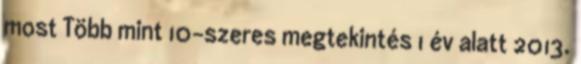
most Több mint 10-szeres megtekintés 1 év alatt 2013.